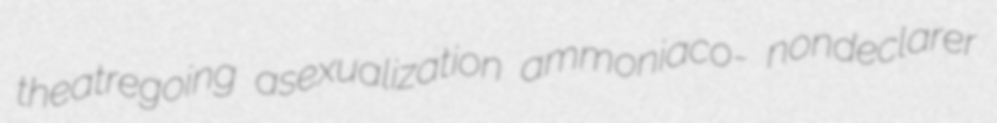
theatregoing asexualization ammoniaco- nondeclarer